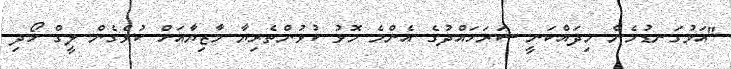
"އަޅުގަނޑުމެން މިދައްކަނީ ސަރަހައްދުގެ އެންމެ މޮޅު ކުޅުންތެރިޔާ މާޒިޔާއަށް ކުޅެގެން ލީގް ހޯދި